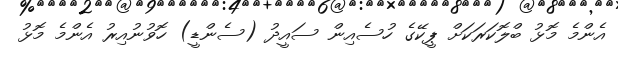
އެންމެ މޮޅު ބްލޮކަރަކަށް ޕީކޭގެ ހުސެއިން ސައީދު (ސެންޑީ) ހޮވުނުއިރު އެންމެ މޮޅު